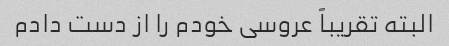
البته تقریباً عروسی خودم را از دست دادم